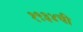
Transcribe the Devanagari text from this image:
१९३४ची